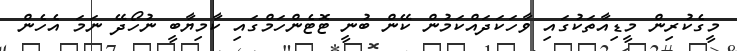
މީގެކުރިން މީޑިއާތަކުގައި ވާހަކަދައްކަމުން ކޭން ބުނީ ޓޮޓެންހަމްގައި ކާމިޔާބީ ނުހޯދޭ ނަމަ އެހެން